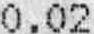
0.02